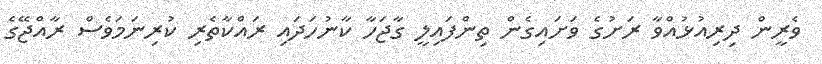
ވެރީން ދިރިއުޅުއްވާ ރަށުގެ ވަށައިގެން ތިންފައިލީ ގާޖަހާ ކާނުހަދައި ރައްކާތެރި ކުރިނަމަވެސް ރާއްޖޭގެ